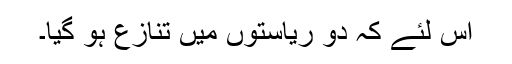
اس لئے کہ دو ریاستوں میں تنازع ہو گیا۔